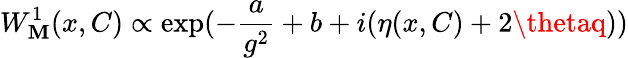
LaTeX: W_{\mathbf{M}}^{1}(x,C)\propto\exp(-\frac{{a}}{{g^{2}}}+b+i(\eta(x,C)+2\thetaq))